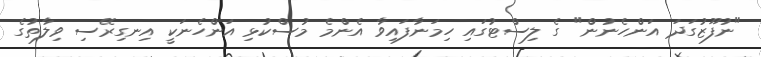
"ނުފޫޒުގަދަ އަންހެނުން" ގެ ލިސްޓުގައި ހިމަނާފައިވާ އެންމެ މުސްކުޅި އަންހެނަކީ އިނގިރޭސި ވިލާތުގެ